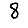
Digit: 8